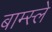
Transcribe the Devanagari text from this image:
बाम्स्ले